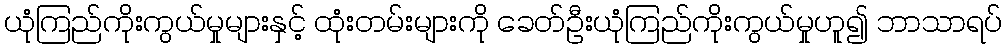
ယုံကြည်ကိုးကွယ်မှုများနှင့် ထုံးတမ်းများကို ခေတ်ဦးယုံကြည်ကိုးကွယ်မှုဟူ၍ ဘာသာရပ်